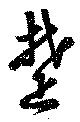
楚